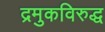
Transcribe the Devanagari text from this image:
द्रमुकविरुद्ध